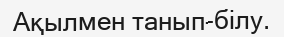
Ақылмен танып-білу.